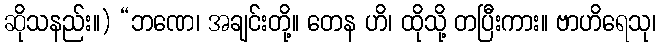
ဆိုသနည်း။) “ဘဏေ၊ အချင်းတို့။ တေန ဟိ၊ ထိုသို့ တပြီးကား။ ဗာဟိရေသု၊